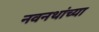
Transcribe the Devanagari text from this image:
नवनथांच्या